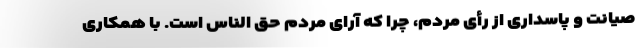
صیانت و پاسداری از رأی مردم، چرا که آرای مردم حق الناس است. با همکاری